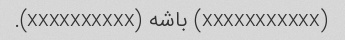
(xxxxxxxxxxx) باشه (xxxxxxxxxx).